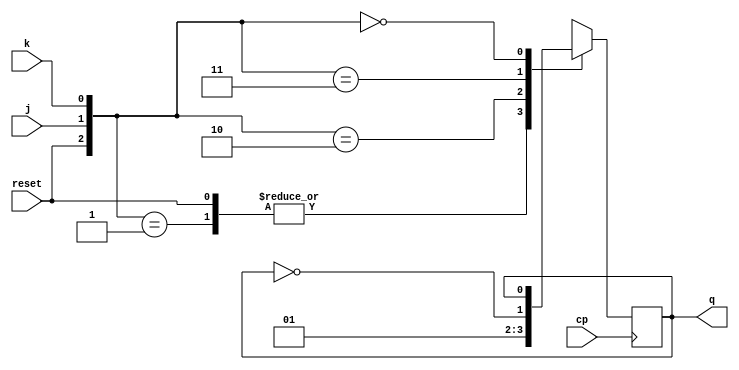
module lab10ex3(j,k,cp,reset,q);
input j,k,cp,reset;
output q;
reg q;
always @(posedge cp)
begin
casex({reset,j,k})
3'b1xx : q<=0;
3'b001 : q<=0;
3'b010 : q<=1;
3'b011 : q<=~q;
3'b000 : q<=q;
endcase
end
endmodule